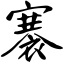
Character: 褰